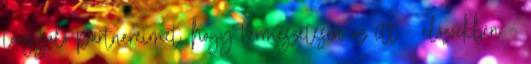
tárgyaló partnereimet, hogy természetesen az itt – előzőekben –